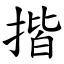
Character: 揩